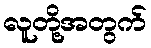
လူတို့အတွက်